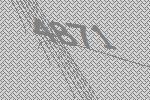
4871